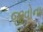
જીવોના